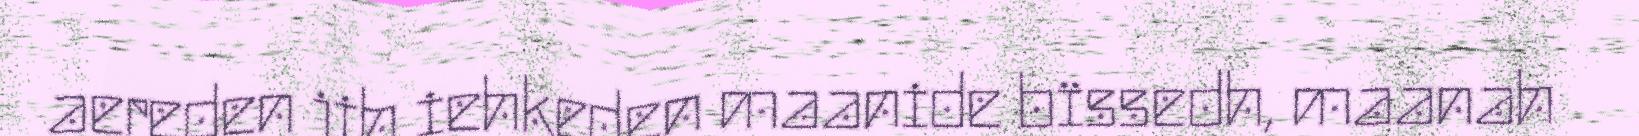
aereden jih iehkeden maanide bïssedh, maanah